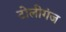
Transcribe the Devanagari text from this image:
टोलीगंज